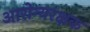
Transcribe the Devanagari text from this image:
आरोग्यरक्षक